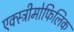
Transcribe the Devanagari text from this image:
एक्स्ट्रीमोफिलिक